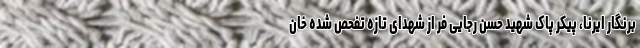
برنگار ایرنا، پیکر پاک شهید حسن رجایی فر از شهدای تازه تفحص شده خان